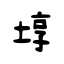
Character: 埻